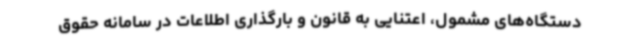
دستگاه‌های مشمول، اعتنایی به قانون و بارگذاری اطلاعات در سامانه حقوق